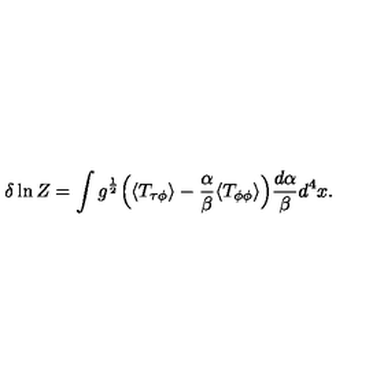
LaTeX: \delta \ln Z = \int g ^ { \frac { 1 } { 2 } } \Bigl ( \langle T _ { \tau \phi } \rangle - { \frac { \alpha } { \beta } } \langle T _ { \phi \phi } \rangle \Bigr ) { \frac { d \alpha } { \beta } } d ^ { 4 } x \space .